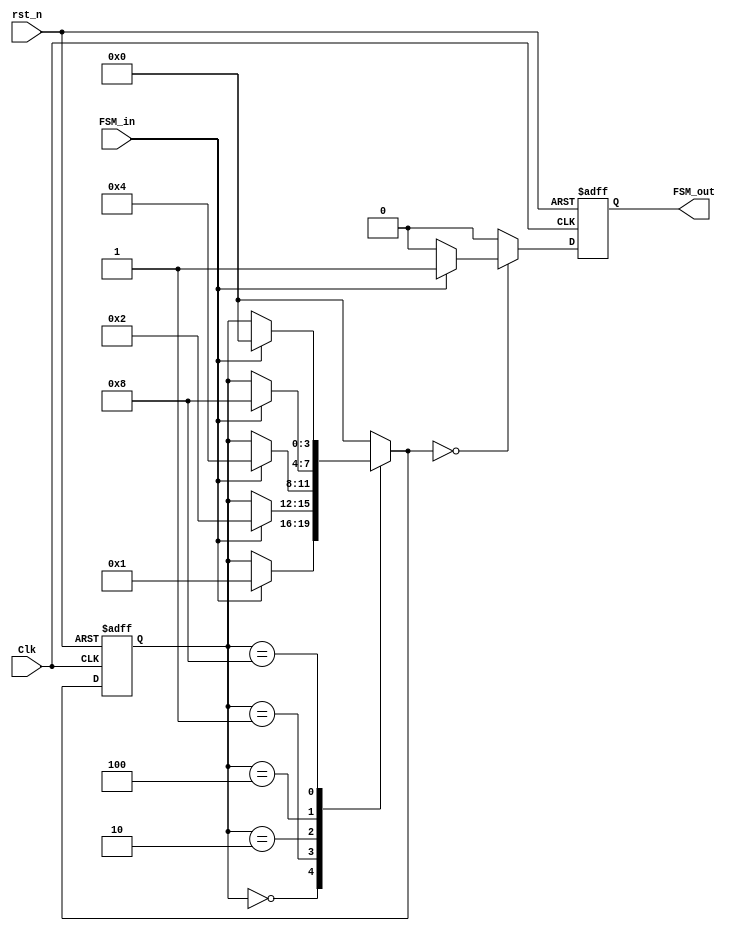
`timescale 1ns / 1ps
//==================================================================================================
//  Version       : V 1.0
//  Description   : Three-stage mealy FSM
//  Modification  :
//
//==================================================================================================

module FSM_S3(
    // INPUTS
        Clk,        // posedge active
        rst_n,      // negedge active
        FSM_in,     // posedge active
    // OUTPUTS        
        FSM_out    // status cycle flag
    );
    
    // Number of states = 5,one-hot code with zero idle
    parameter Idle    = 4'b0000; 
    parameter State_1 = 4'b0001; 
    parameter State_2 = 4'b0010; 
    parameter State_3 = 4'b0100; 
    parameter State_4 = 4'b1000; 

    input              Clk;
    input              rst_n;
    input              FSM_in;
    
    output             FSM_out;

    reg                FSM_out;
    reg     [3:0]      State_current;
    reg     [3:0]      State_next;
    // Synchronous timing always module, describing state transition
    always@(posedge Clk or negedge rst_n)
    begin
        if(!rst_n)
            State_current <= Idle;
        else
            State_current <= State_next;
    end
    
    // Combinational logic always module, judging state transition
    always@(State_current or FSM_in)
    begin
        case(State_current)
            Idle:
            begin
                if(FSM_in)// Keep the state unchanged until the input is valid
                    State_next = State_1;
                else
                    State_next = State_current;
            end
            State_1:
            begin
                if(FSM_in)
                    State_next = State_2;
                else
                    State_next = State_current;
            end
            State_2:
            begin
                if(FSM_in)
                    State_next = State_3;
                else
                    State_next = State_current;
            end
            State_3:
            begin
                if(FSM_in)
                    State_next = State_4;
                else
                    State_next = State_current;
            end
            State_4:
            begin
                if(FSM_in)
                    State_next = Idle;
                else
                    State_next = State_current;
            end
            default:State_next = Idle;
        endcase
    end
    
    // next_state output
    always@(posedge Clk or negedge rst_n)
    begin
        if(!rst_n)
            FSM_out <= 1'b0; // reset
        else begin
            case(State_next)
                Idle:
                    if(FSM_in)
                        FSM_out <= 1'b1;// completing a cycle
                    else
                        FSM_out <= 1'b0;                        
                State_1:
                    FSM_out <= 1'b0;   
                State_2:
                    FSM_out <= 1'b0;    
                State_3:
                    FSM_out <= 1'b0;                
                State_4:
                    FSM_out <= 1'b0;                    
                default:
                    FSM_out <= 1'b0;
            endcase
        end
    end
endmodule